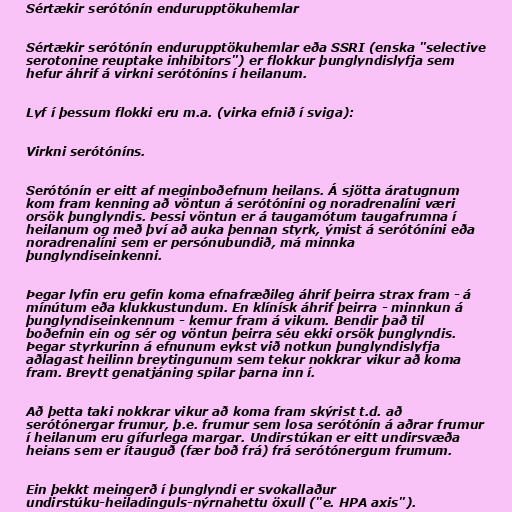
Sértækir serótónín endurupptökuhemlar

Sértækir serótónín endurupptökuhemlar eða SSRI (enska "selective
serotonine reuptake inhibitors") er flokkur þunglyndislyfja sem
hefur áhrif á virkni serótóníns í heilanum.

Lyf í þessum flokki eru m.a. (virka efnið í sviga):

Virkni serótóníns.

Serótónín er eitt af meginboðefnum heilans. Á sjötta áratugnum
kom fram kenning að vöntun á serótóníni og noradrenalíni væri
orsök þunglyndis. Þessi vöntun er á taugamótum taugafrumna í
heilanum og með því að auka þennan styrk, ýmist á serótóníni eða
noradrenalíni sem er persónubundið, má minnka
þunglyndiseinkenni.

Þegar lyfin eru gefin koma efnafræðileg áhrif þeirra strax fram - á
mínútum eða klukkustundum. En klínísk áhrif þeirra - minnkun á
þunglyndiseinkennum - kemur fram á vikum. Bendir það til
boðefnin ein og sér og vöntun þeirra séu ekki orsök þunglyndis.
Þegar styrkurinn á efnunum eykst við notkun þunglyndislyfja
aðlagast heilinn breytingunum sem tekur nokkrar vikur að koma
fram. Breytt genatjáning spilar þarna inn í.

Að þetta taki nokkrar vikur að koma fram skýrist t.d. að
serótónergar frumur, þ.e. frumur sem losa serótónín á aðrar frumur
í heilanum eru gífurlega margar. Undirstúkan er eitt undirsvæða
heians sem er ítauguð (fær boð frá) frá serótónergum frumum.

Ein þekkt meingerð í þunglyndi er svokallaður
undirstúku-heiladinguls-nýrnahettu öxull ("e. HPA axis").